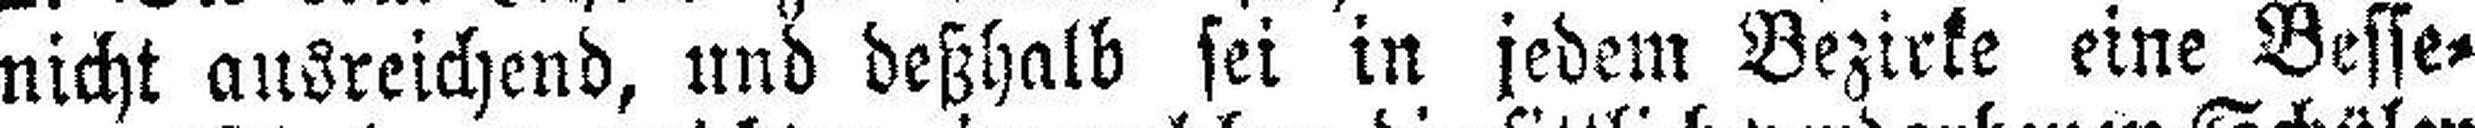
nicht ausreichend, und deßhalb sei in jedem Bezirke eine Besse¬